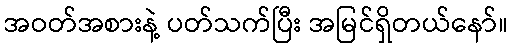
အဝတ်အစားနဲ့ ပတ်သက်ပြီး အမြင်ရှိတယ်နော်။